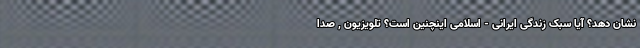
نشان دهد؟ آیا سبک زندگی ایرانی - اسلامی اینچنین است؟ تلویزیون , صدا